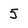
Character: 5